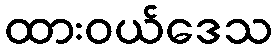
ထားဝယ်ဒေသ